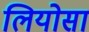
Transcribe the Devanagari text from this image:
लियोसा